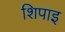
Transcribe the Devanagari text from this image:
शिपाइ